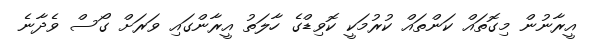
އީރާނުން މިގޮތައް ކަންތައް ކުރުމަކީ ކޮވިޑްގެ ހާލަތު އީރާންގައި ވަރަށް ގޯސް ވެދާނެ